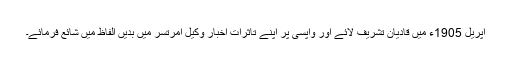
اپریل 1905ء میں قادیان تشریف لائے اور واپسی پر اپنے تأثرات اخبار وکیل امرتسر میں بدیں الفاظ میں شائع فرمائے۔